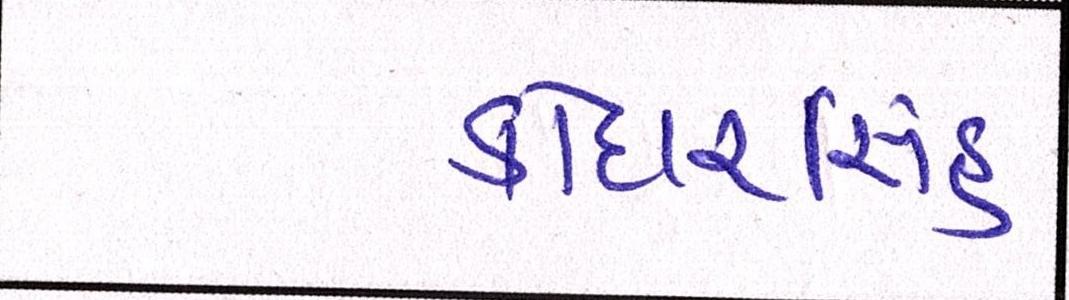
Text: કોદારસિંહ